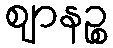
ဈာနဉ္စ